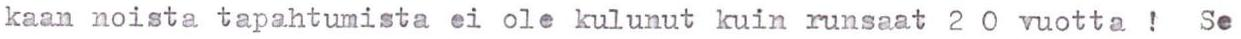
kaan noista tapahtumista ei ole kulunut kuin runsaat 2 0 vuotta ! Se